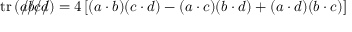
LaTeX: \operatorname { t r } \left( { a \! \! \! / } { b \! \! \! / } { c \! \! \! / } { d \! \! \! / } \right) = 4 \left[ ( a \cdot b ) ( c \cdot d ) - ( a \cdot c ) ( b \cdot d ) + ( a \cdot d ) ( b \cdot c ) \right]